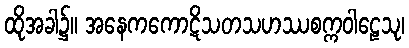
ထိုအခါ၌။ အနေကကောဋိသတသဟဿစက္ကဝါဠေသု၊